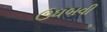
ઉધબવી